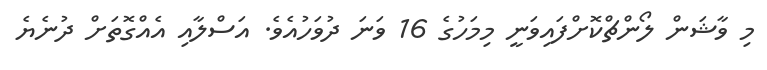
މި ވާޝަން ލޯންޗްކޮށްފައިވަނީ މިމަހުގެ 16 ވަނަ ދުވަހުއެވެ. އަސްލާއި އެއްގޮތަށް ދުނެޔެ